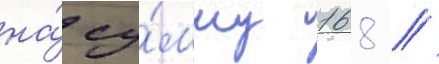
на́ су́мму 168 /